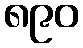
၈၉၀